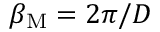
\beta _ { \mathrm { M } } = 2 \pi / D